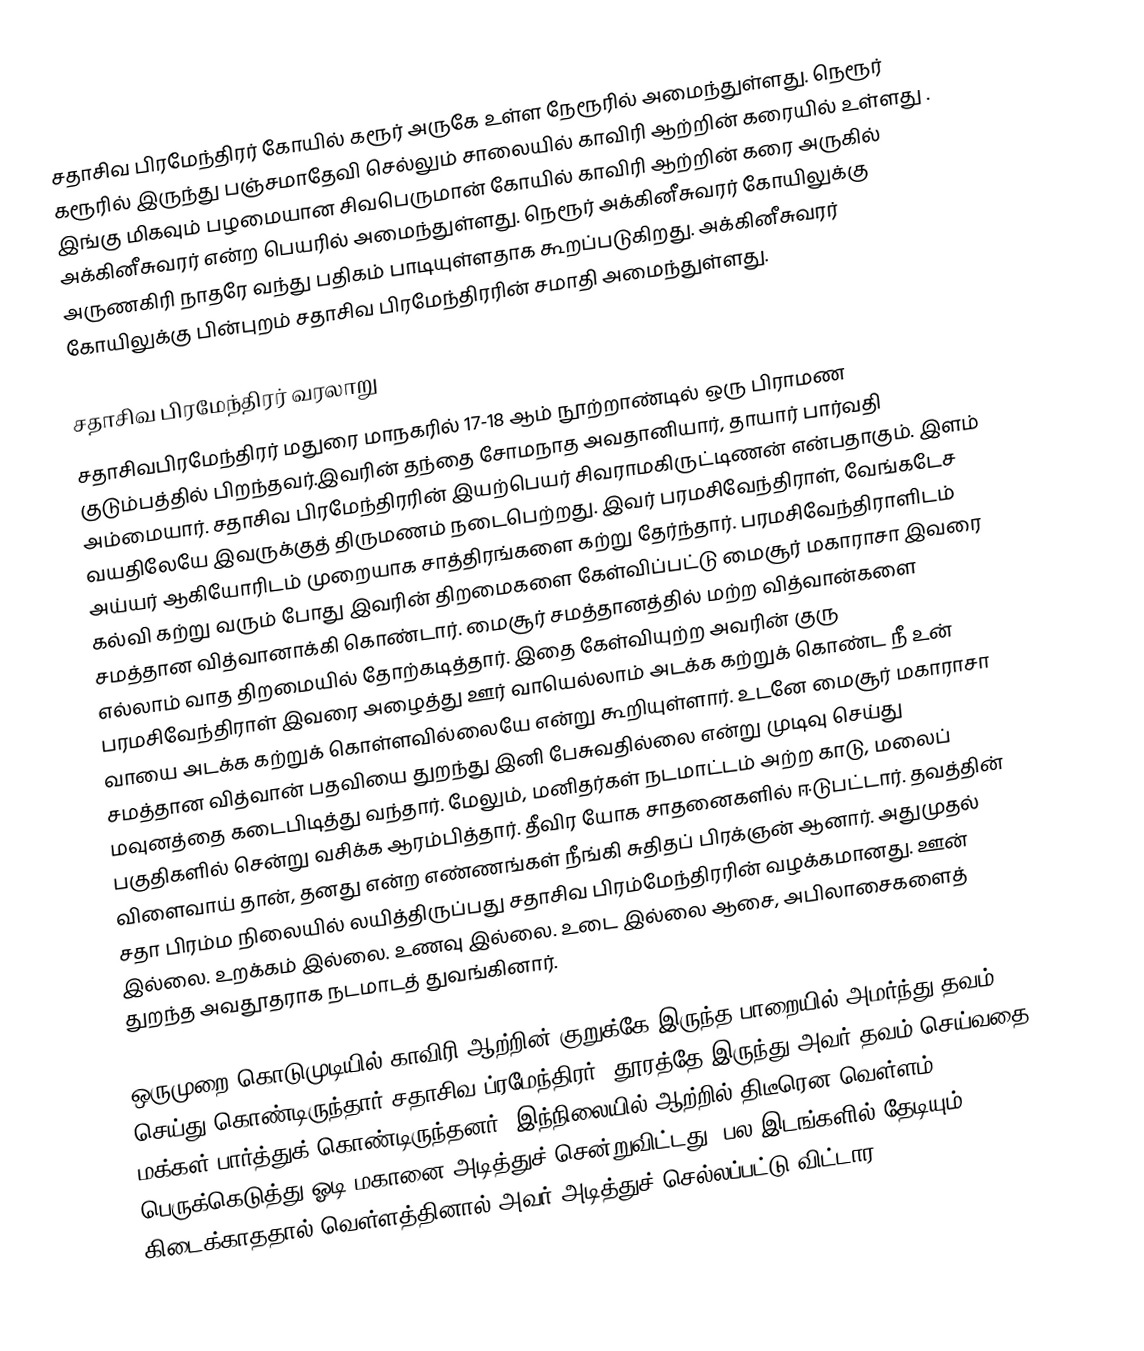
சதாசிவ பிரமேந்திரர் கோயில் கரூர் அருகே உள்ள நேரூரில் அமைந்துள்ளது. நெரூர் கரூரில் இருந்து பஞ்சமாதேவி செல்லும் சாலையில் காவிரி ஆற்றின் கரையில் உள்ளது . இங்கு மிகவும் பழமையான சிவபெருமான் கோயில் காவிரி ஆற்றின் கரை அருகில் அக்கினீசுவரர் என்ற பெயரில் அமைந்துள்ளது. நெரூர் அக்கினீசுவரர் கோயிலுக்கு அருணகிரி நாதரே வந்து பதிகம் பாடியுள்ளதாக கூறப்படுகிறது. அக்கினீசுவரர் கோயிலுக்கு பின்புறம் சதாசிவ பிரமேந்திரரின் சமாதி அமைந்துள்ளது.

சதாசிவ பிரமேந்திரர் வரலாறு
சதாசிவபிரமேந்திரர் மதுரை மாநகரில் 17-18 ஆம் நூற்றாண்டில் ஒரு பிராமண குடும்பத்தில் பிறந்தவர்.இவரின் தந்தை சோமநாத அவதானியார், தாயார் பார்வதி அம்மையார். சதாசிவ பிரமேந்திரரின் இயற்பெயர் சிவராமகிருட்டிணன் என்பதாகும். இளம் வயதிலேயே இவருக்குத் திருமணம் நடைபெற்றது. இவர் பரமசிவேந்திராள், வேங்கடேச அய்யர் ஆகியோரிடம் முறையாக சாத்திரங்களை கற்று தேர்ந்தார். பரமசிவேந்திராளிடம் கல்வி கற்று வரும் போது இவரின் திறமைகளை கேள்விப்பட்டு மைசூர் மகாராசா இவரை சமத்தான வித்வானாக்கி கொண்டார். மைசூர் சமத்தானத்தில் மற்ற வித்வான்களை எல்லாம் வாத திறமையில் தோற்கடித்தார். இதை கேள்வியுற்ற அவரின் குரு பரமசிவேந்திராள் இவரை அழைத்து ஊர் வாயெல்லாம் அடக்க கற்றுக் கொண்ட நீ உன் வாயை அடக்க கற்றுக் கொள்ளவில்லையே என்று கூறியுள்ளார். உடனே மைசூர் மகாராசா சமத்தான வித்வான் பதவியை துறந்து இனி பேசுவதில்லை என்று முடிவு செய்து மவுனத்தை கடைபிடித்து வந்தார். மேலும், மனிதர்கள் நடமாட்டம் அற்ற காடு, மலைப் பகுதிகளில் சென்று வசிக்க ஆரம்பித்தார். தீவிர யோக சாதனைகளில் ஈடுபட்டார். தவத்தின் விளைவாய் தான், தனது என்ற எண்ணங்கள் நீங்கி சுதிதப் பிரக்ஞன் ஆனார். அதுமுதல் சதா பிரம்ம நிலையில் லயித்திருப்பது சதாசிவ பிரம்மேந்திரரின் வழக்கமானது. ஊன் இல்லை. உறக்கம் இல்லை. உணவு இல்லை. உடை இல்லை ஆசை, அபிலாசைகளைத் துறந்த அவதூதராக நடமாடத் துவங்கினார்.

ஒருமுறை கொடுமுடியில் காவிரி ஆற்றின் குறுக்கே இருந்த பாறையில் அமர்ந்து தவம் செய்து கொண்டிருந்தார் சதாசிவ ப்ரமேந்திரர். தூரத்தே இருந்து அவர் தவம் செய்வதை மக்கள் பார்த்துக் கொண்டிருந்தனர். இந்நிலையில் ஆற்றில் திடீரென வெள்ளம் பெருக்கெடுத்து ஓடி மகானை அடித்துச் சென்றுவிட்டது. பல இடங்களில் தேடியும் கிடைக்காததால் வெள்ளத்தினால் அவர் அடித்துச் செல்லப்பட்டு விட்டார